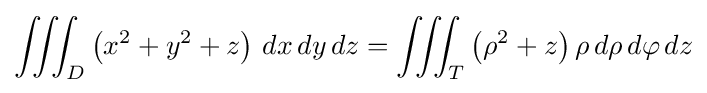
\iiint _{D}\left(x^{2}+y^{2}+z\right)\,dx\,dy\,dz=\iiint _{T}\left(\rho ^{2}+z\right)\rho \,d\rho \,d\varphi \,dz